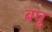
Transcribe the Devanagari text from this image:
बघु